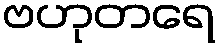
ဗဟုတရေ